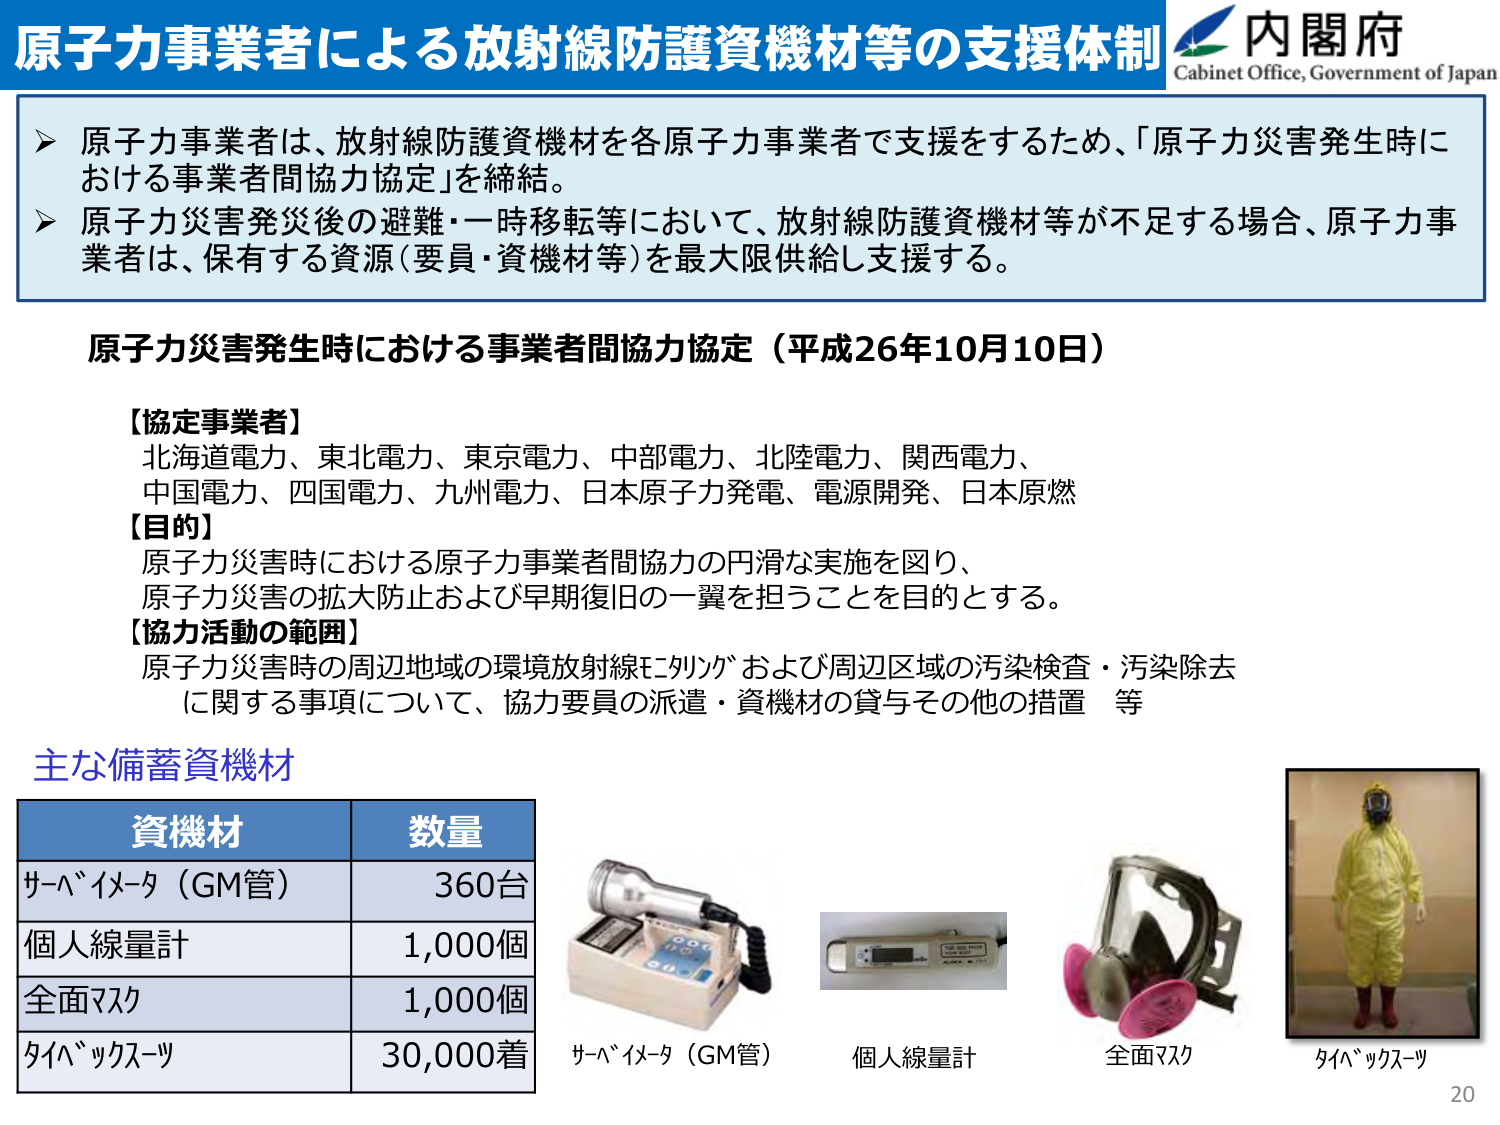
原子力事業者による放射線防護資機材等の支援体制
内閣府
Cabinet Office, Government of Japan

➤ 原子力事業者は、放射線防護資機材を各原子力事業者で支援をするため、「原子力災害発生時における事業者間協力協定」を締結。
➤ 原子力災害発災後の避難・一時移転等において、放射線防護資機材等が不足する場合、原子力事業者は、保有する資源（要員・資機材等）を最大限供給し支援する。

原子力災害発生時における事業者間協力協定（平成26年10月10日）

【協定事業者】
北海道電力、東北電力、東京電力、中部電力、北陸電力、関西電力、
中国電力、四国電力、九州電力、日本原子力発電、電源開発、日本原燃

【目的】
原子力災害時における原子力事業者間協力の円滑な実施を図り、
原子力災害の拡大防止および早期復旧の一翼を担うことを目的とする。

【協力活動の範囲】
原子力災害時の周辺地域の環境放射線モニタリングおよび周辺区域の汚染検査・汚染除去に関する事項について、協力要員の派遣・資機材の貸与その他の措置 等

主な備蓄資機材

| 資機材 | 数量 |
|--------|------|
| サーバイメータ（GM管） | 360台 |
| 個人線量計 | 1,000個 |
| 全面マスク | 1,000個 |
| タイベックススーツ | 30,000着 |

サーバイメータ（GM管）
個人線量計
全面マスク
タイベックススーツ

20